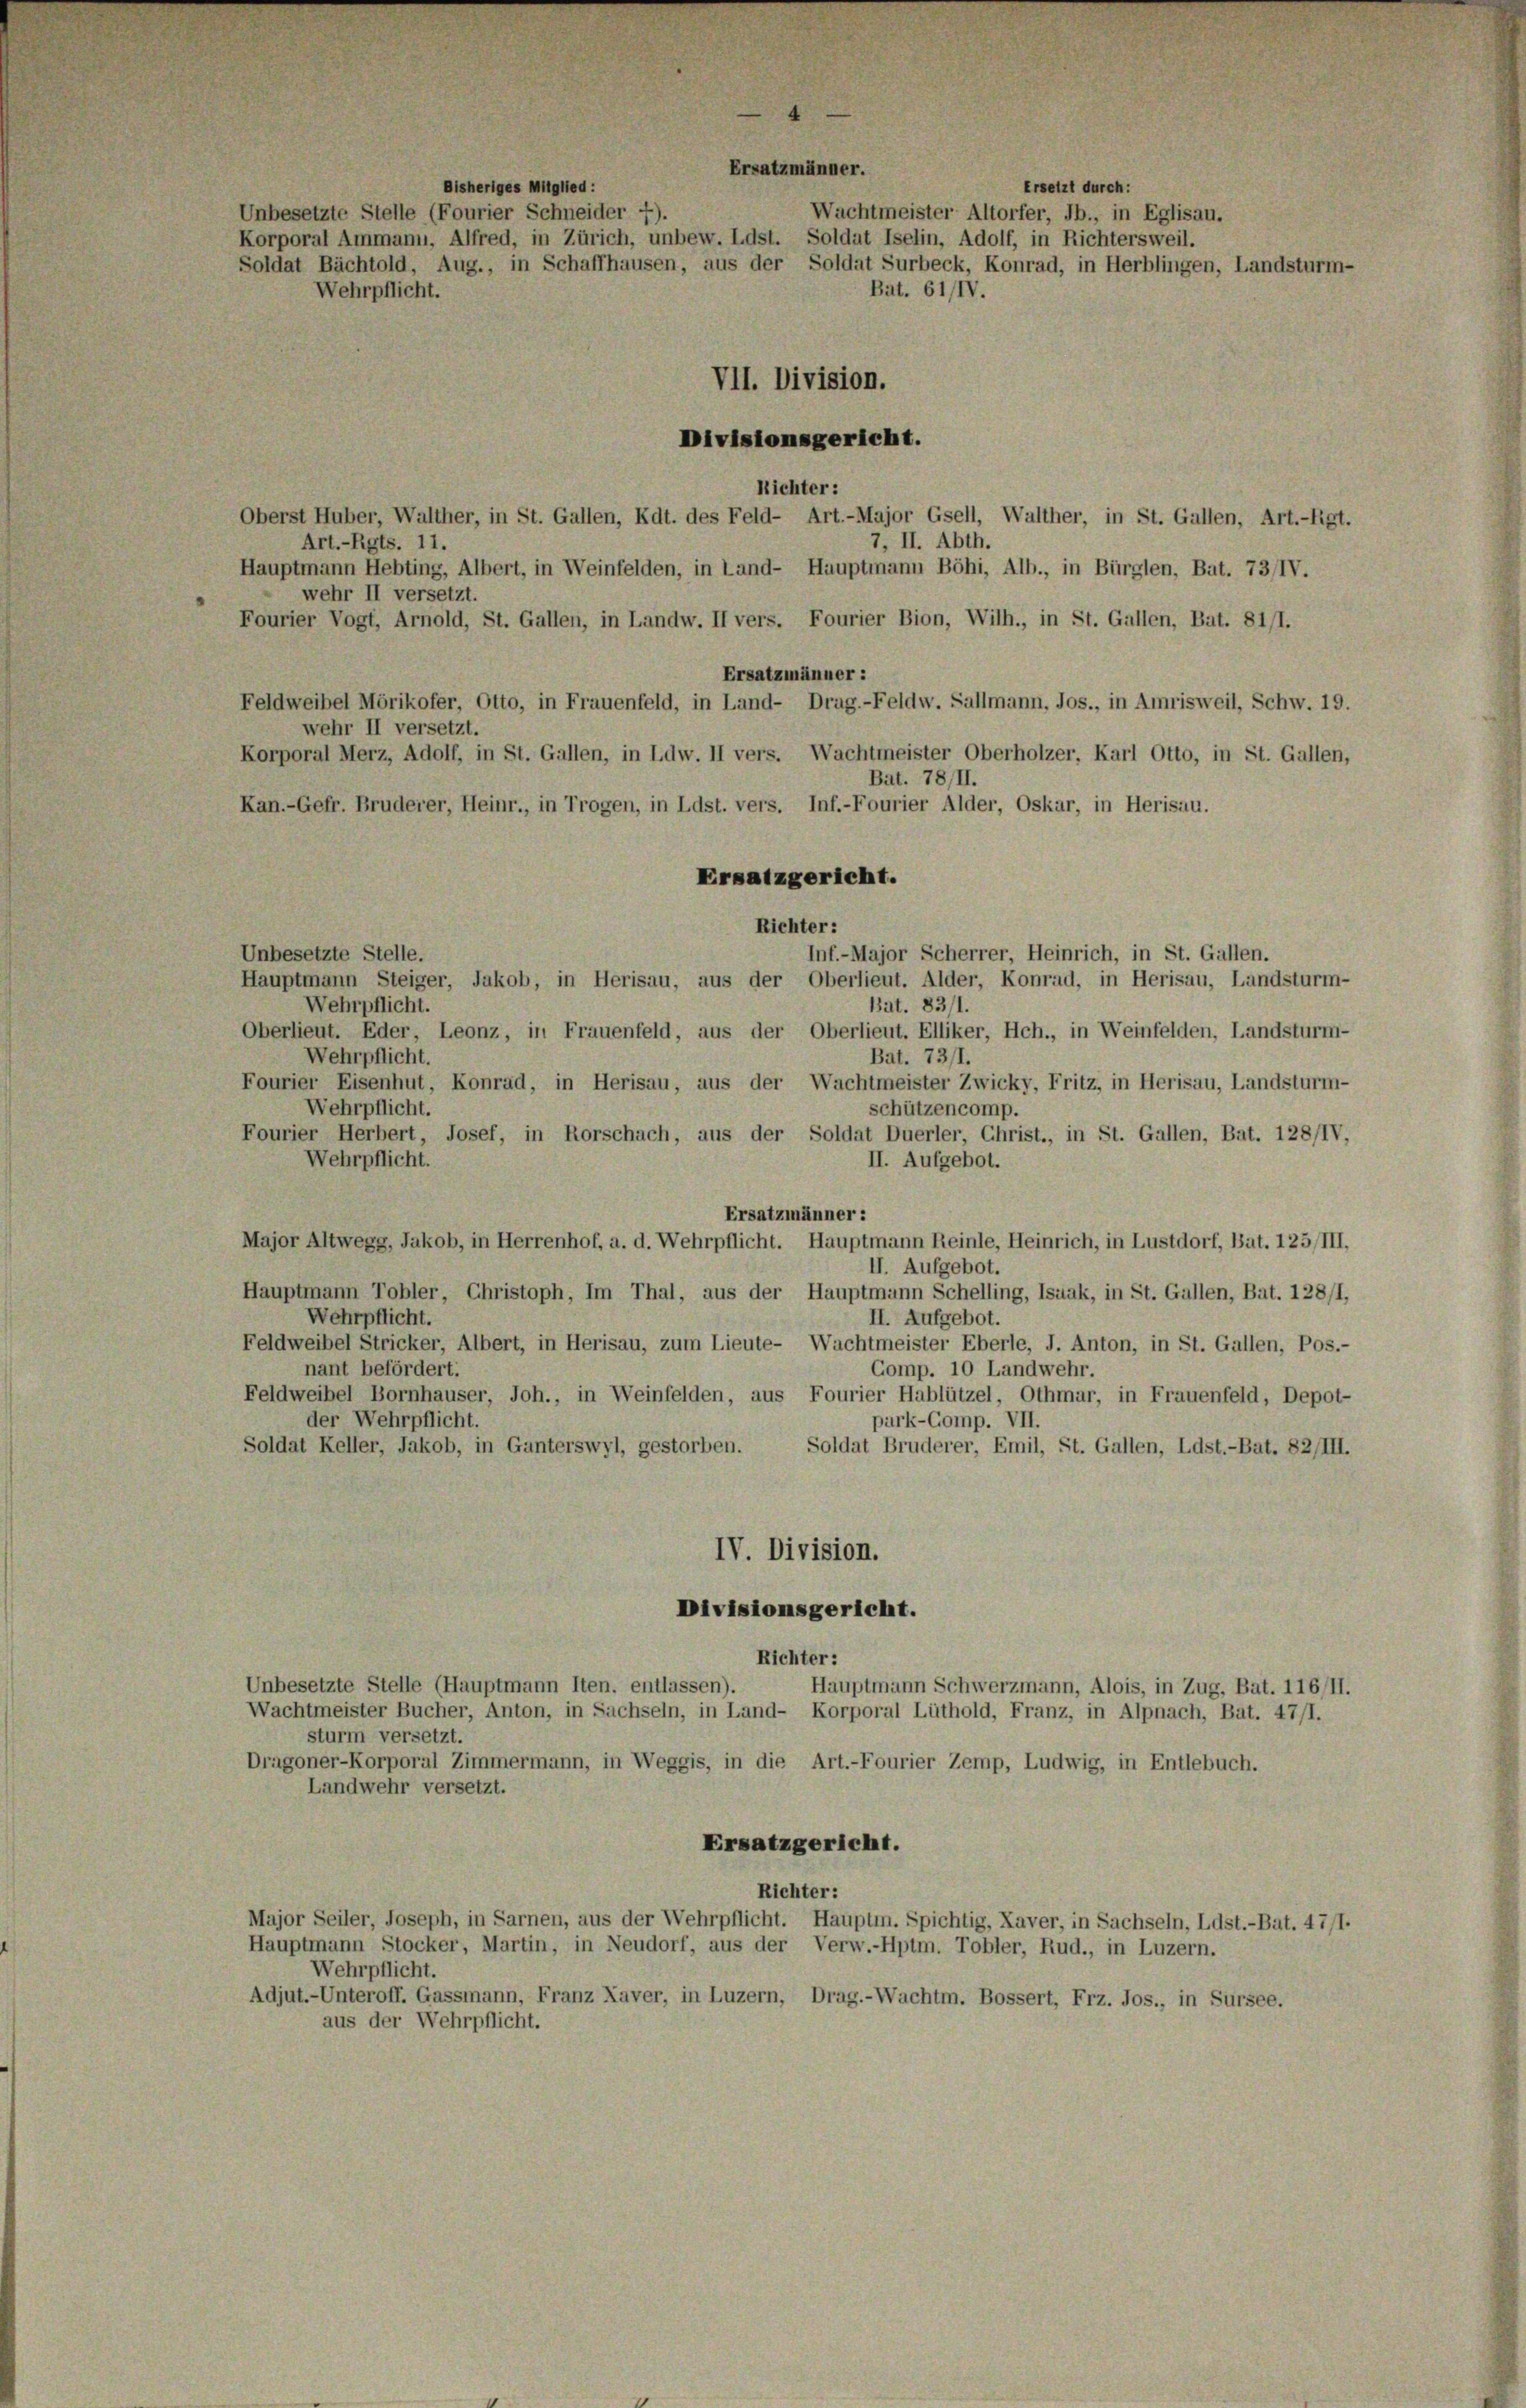
Ersatzmänner.
Ersetzt durch:
Bisheriges Mitglied:
Unbesetzte Stelle (Fourier Schneider 7).
Wachtmeister Altorfer, Jb., in Eglisau.
Korporal Ammann, Alfred, in Zürich, unbew. Ldst. Soldat Iselin, Adolf, in Richtersweil.
Soldat Bächtold, Aug., in Schaffhausen, aus der Soldat Surbeck, Konrad, in Herblingen, Landsturm-
Bat. 61/IV.
Wehrpflicht.
VII. Division.

Richter:
Oberst Huber, Walther, in St. Gallen, Kdt. des Feld- Art.-Major Gsell, Walther, in St. Gallen, Art.-Rgt.
7, II. Abth.
Art.-Rgts. 11.
Hauptmann Hebting, Albert, in Weinfelden, in Land- Hauptmann Böhi, Alb., in Bürglen, Bat. 73/IV.
wehr II versetzt.
Fourier Vogt, Arnold, St. Gallen, in Landw. II vers. Fourier Bion, Wilh., in St. Gallen, Bat. 81/1.
Ersatzmänner:
Feldweibel Mörikofer, Otto, in Frauenfeld, in Land- Drag.-Feldw. Sallmann, Jos., in Amrisweil, Schw. 19.
wehr II versetzt.
Korporal Merz, Adolf, in St. Gallen, in Ldw. II vers. Wachtmeister Oberholzer, Karl Otto, in St. Gallen,
Bat. 78/II.
Kan.-Gefr. Bruderer, Heinr., in Trogen, in Ldst. vers. Inf.-Fourier Alder, Oskar, in Herisau.
Ersatzgericht.
Richter:
Inf.-Major Scherrer, Heinrich, in St. Gallen.
Unbesetzte Stelle.
Hauptmann Steiger, Jakob, in Herisau, aus der Oberlieut. Alder, Konrad, in Herisau, Landsturm-
Bat. 83/1.
Wehrpflicht.
Oberlieut. Eder, Leonz, in Frauenfeld, aus der Oberlieut. Elliker, Hch., in Weinfelden, Landsturm-
Wehrpflicht.
Bat. 731.
Fourier Eisenhut, Konrad, in Herisau, aus der Wachtmeister Zwicky, Fritz, in Herisau, Landsturm-
Wehrpflicht.
schützencomp.
Fourier Herbert, Josef, in Rorschach, aus der Soldat Duerler, Christ., in St. Gallen, Bat. 128/IV,
Wehrpflicht.
II. Aufgebot.
Ersatzmänner:
Major Altwegg, Jakob, in Herrenhof, a. d. Wehrpflicht. Hauptmann Reinle, Heinrich, in Lustdorf, Bat. 125/III.
II. Aufgebot.
Hauptmann Tobler, Christoph, Im Thal, aus der Hauptmann Schelling, Isaak, in St. Gallen, Bat. 128/1,
d
Wehrpflicht.
II. Aufgebot.
Feldweibel Stricker, Albert, in Herisau, zum Lieute- Wachtmeister Eberle, J. Anton, in St. Gallen, Pos.-
nant befördert.
Comp. 10 Landwehr.
Feldweibel Bornhäuser, Joh., in Weinfelden, aus Fourier Hablützel, Othmar, in Frauenfeld, Depot-
der Wehrpflicht.
purk-Comp. VII.
Soldat Keller, Jakob, in Ganterswyl, gestorben.
Soldat Bruderer, Emil, St. Gallen, Ldst.-Bat. 82/III.
IV. Division.
Divisionsgericht.
Richter:
Unbesetzte Stelle (Hauptmann Iten, entlassen).
Hauptmann Schwerzmann, Alois, in Zug, Bat. 116/11.
Wachtmeister Bucher, Anton, in Sachseln, in Land- Korporal Lüthold, Franz, in Alpnach, Bat. 47/1.
sturm versetzt.
Dragoner-Korporal Zimmermann, in Weggis, in die Art.-Fourier Zemp, Ludwig, in Entlebuch.
Landwehr versetzt.
Ersatzgericht.
Richter:
Major Seiler, Joseph, in Sarnen, aus der Wehrpflicht. Hauptm. Spichtig, Xaver, in Sachseln, Ldst.-Bat. 47/1.
Hauptmann Stocker, Martin, in Neudorf, aus der Verw.-Hptm. Tobler, Rud., in Luzern.
Wehrpflicht.
Adjut.-Unteroff. Gassmann, Franz Xaver, in Luzern, Drag.-Wachtm. Bossert, Frz. Jos., in Sursee.
aus der Wehrpflicht.

Divisionsgericht.